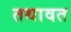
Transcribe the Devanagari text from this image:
तथावत